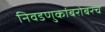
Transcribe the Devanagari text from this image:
निवडणुकांबरोबरच